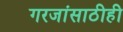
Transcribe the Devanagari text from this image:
गरजांसाठीही